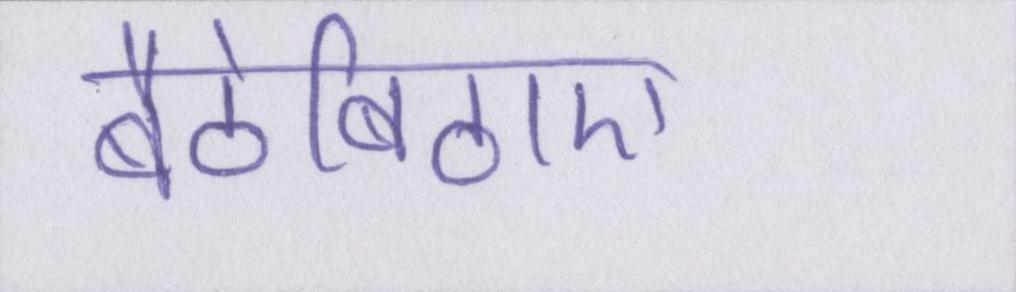
बैठेबिठाए